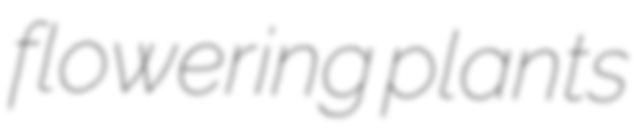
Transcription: flowering plants